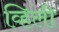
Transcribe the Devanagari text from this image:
व्हिली